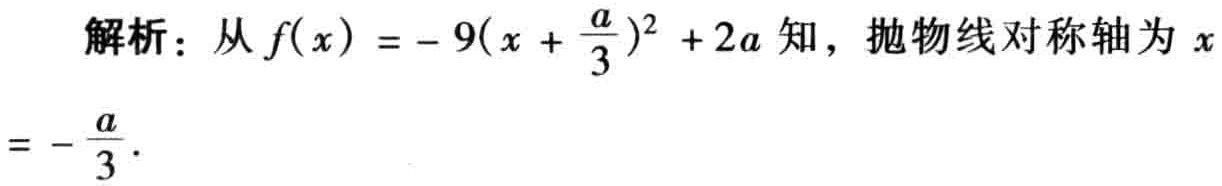
解析：从\(f(x)=-9(x + \frac{a}{3})^2 + 2a\)知，抛物线对称轴为\(x = -\frac{a}{3}\)。